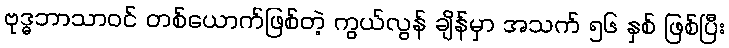
ဗုဒ္ဓဘာသာဝင် တစ်ယောက်ဖြစ်တဲ့ ကွယ်လွန် ချိန်မှာ အသက် ၅၆ နှစ် ဖြစ်ပြီး